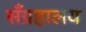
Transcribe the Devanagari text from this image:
सँग्रहालय